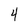
Character: 4